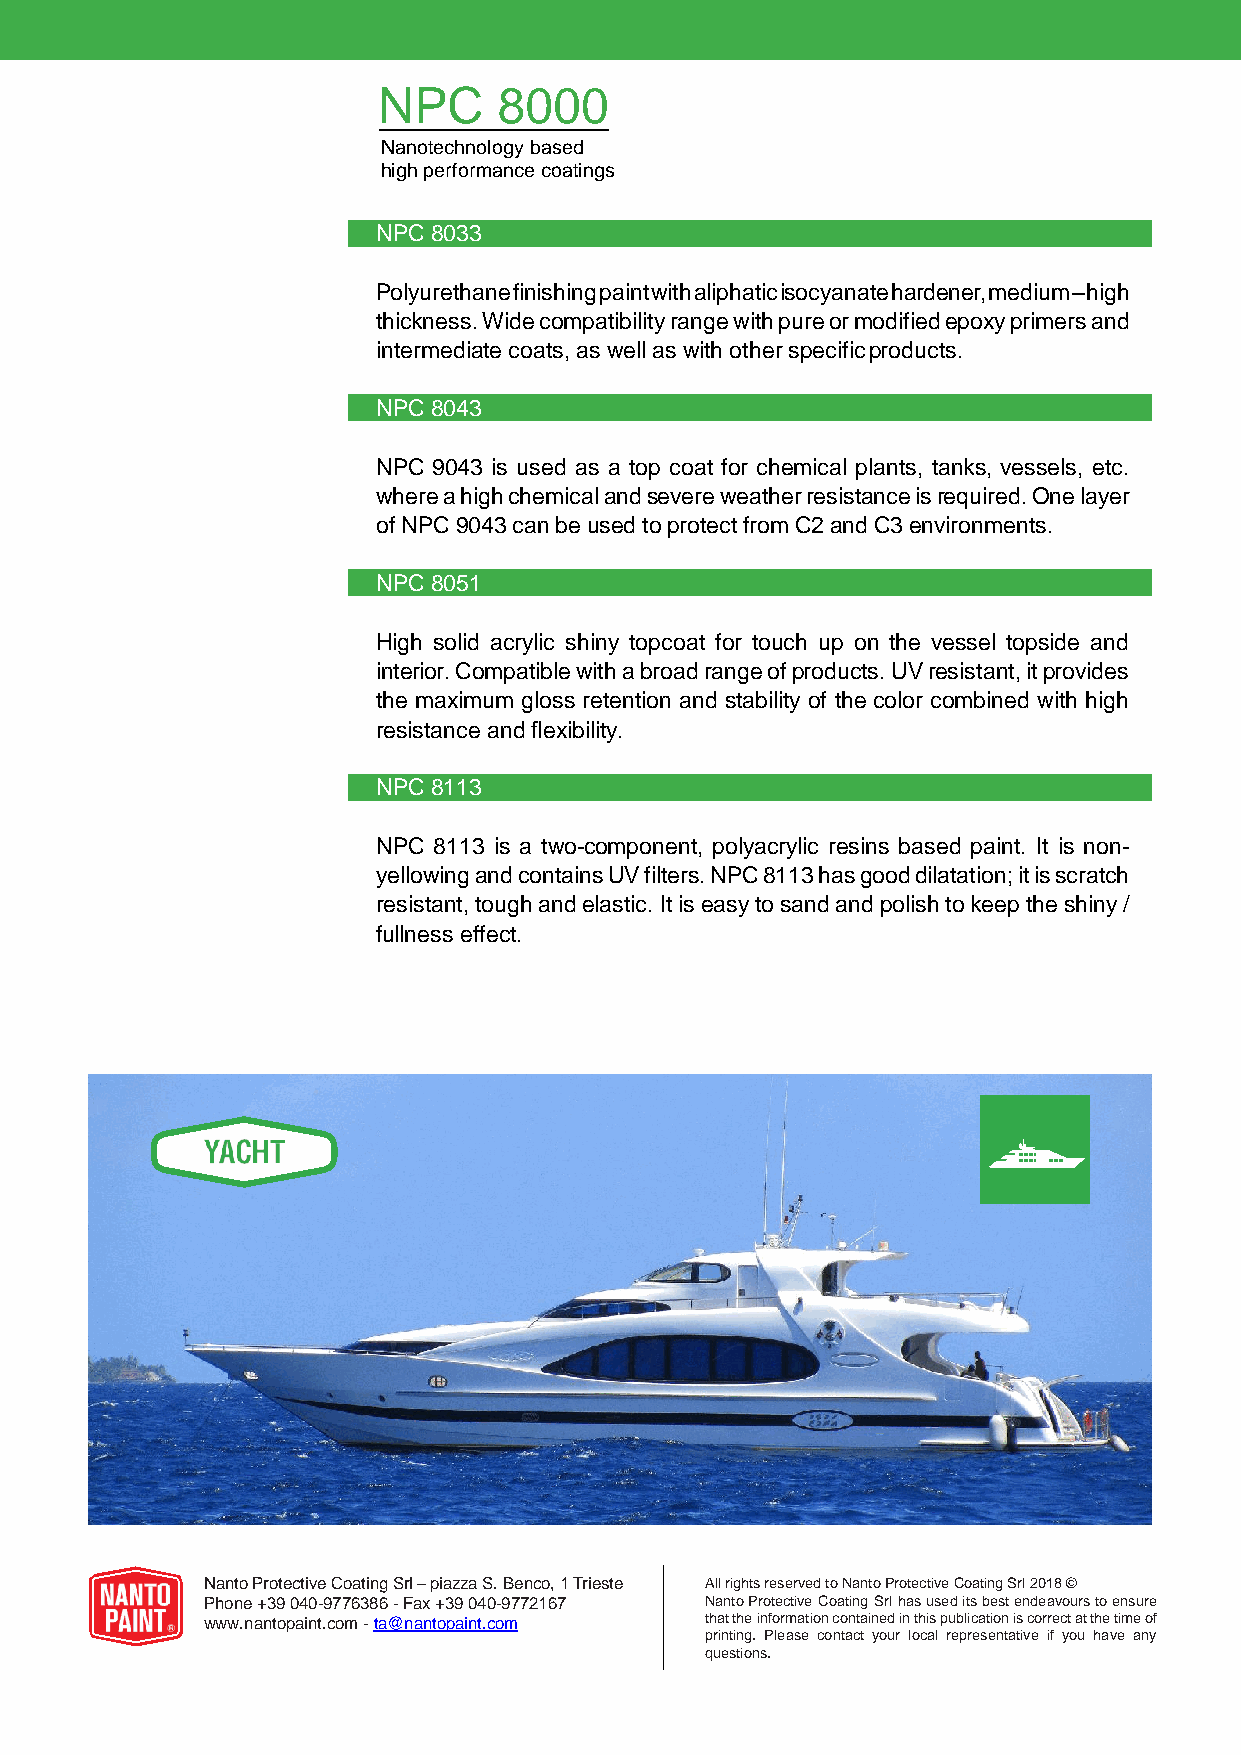
NPC     8000
 Nanotechnology based
 high performance coatings
 NPC 8033
 Polyurethane finishing paint with aliphatic isocyanate hardener, medium – high
 thickness. Wide compatibility range with pure or modified epoxy primers and
 intermediate coats, as well as with other specific products.
 NPC 8043
 NPC 9043 is used as a top coat for chemical plants, tanks, vessels, etc.
 where a high chemical and severe weather resistance is required. One layer
 of NPC 9043 can be used to protect from C2 and C3 environments.
 NPC 8051
 High solid acrylic shiny topcoat for touch up on the vessel topside and
 interior. Compatible with a broad range of products. UV resistant, it provides
 the maximum gloss retention and stability of the color combined with high
 resistance and flexibility.
 NPC 8113
 NPC 8113 is a two-component, polyacrylic resins based paint. It is non-
 yellowing and contains UV filters. NPC 8113 has good dilatation; it is scratch
 resistant, tough and elastic. It is easy to sand and polish to keep the shiny /
 fullness effect.
 Nanto Protective Coating Srl – piazza S. Benco, 1 Trieste All rights reserved to Nanto Protective Coating Srl 2018 ©
 Phone +39 040-9776386 - Fax +39 040-9772167 Nanto Protective Coating Srl has used its best endeavours to ensure
 www.nantopaint.com - ta@nantopaint.com that the information contained in this publication is correct at the time of
 printing. Please contact your local representative if you have any
 questions.